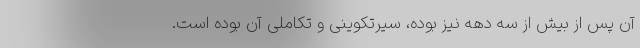
آن پس از بیش از سه دهه نیز بوده، سیرتکوینی و تکاملی آن بوده است.